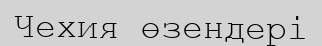
Чехия өзендері